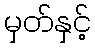
မှတ်နှင့်